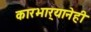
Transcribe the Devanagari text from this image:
कारभार्‍यानेही